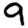
Digit: 9